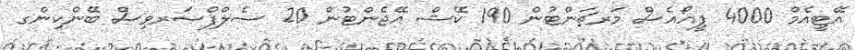
އޭޓީއެމް 4000 ޕީއޯއެސް މަރޗަންޓުން 190 ކޭޝް އޭޖެންޓުން 20 ސެލްފްސަރވިސް ބޭންކިންގ